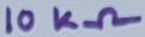
Text: 10KΩ